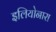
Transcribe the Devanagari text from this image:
इलियोनारा